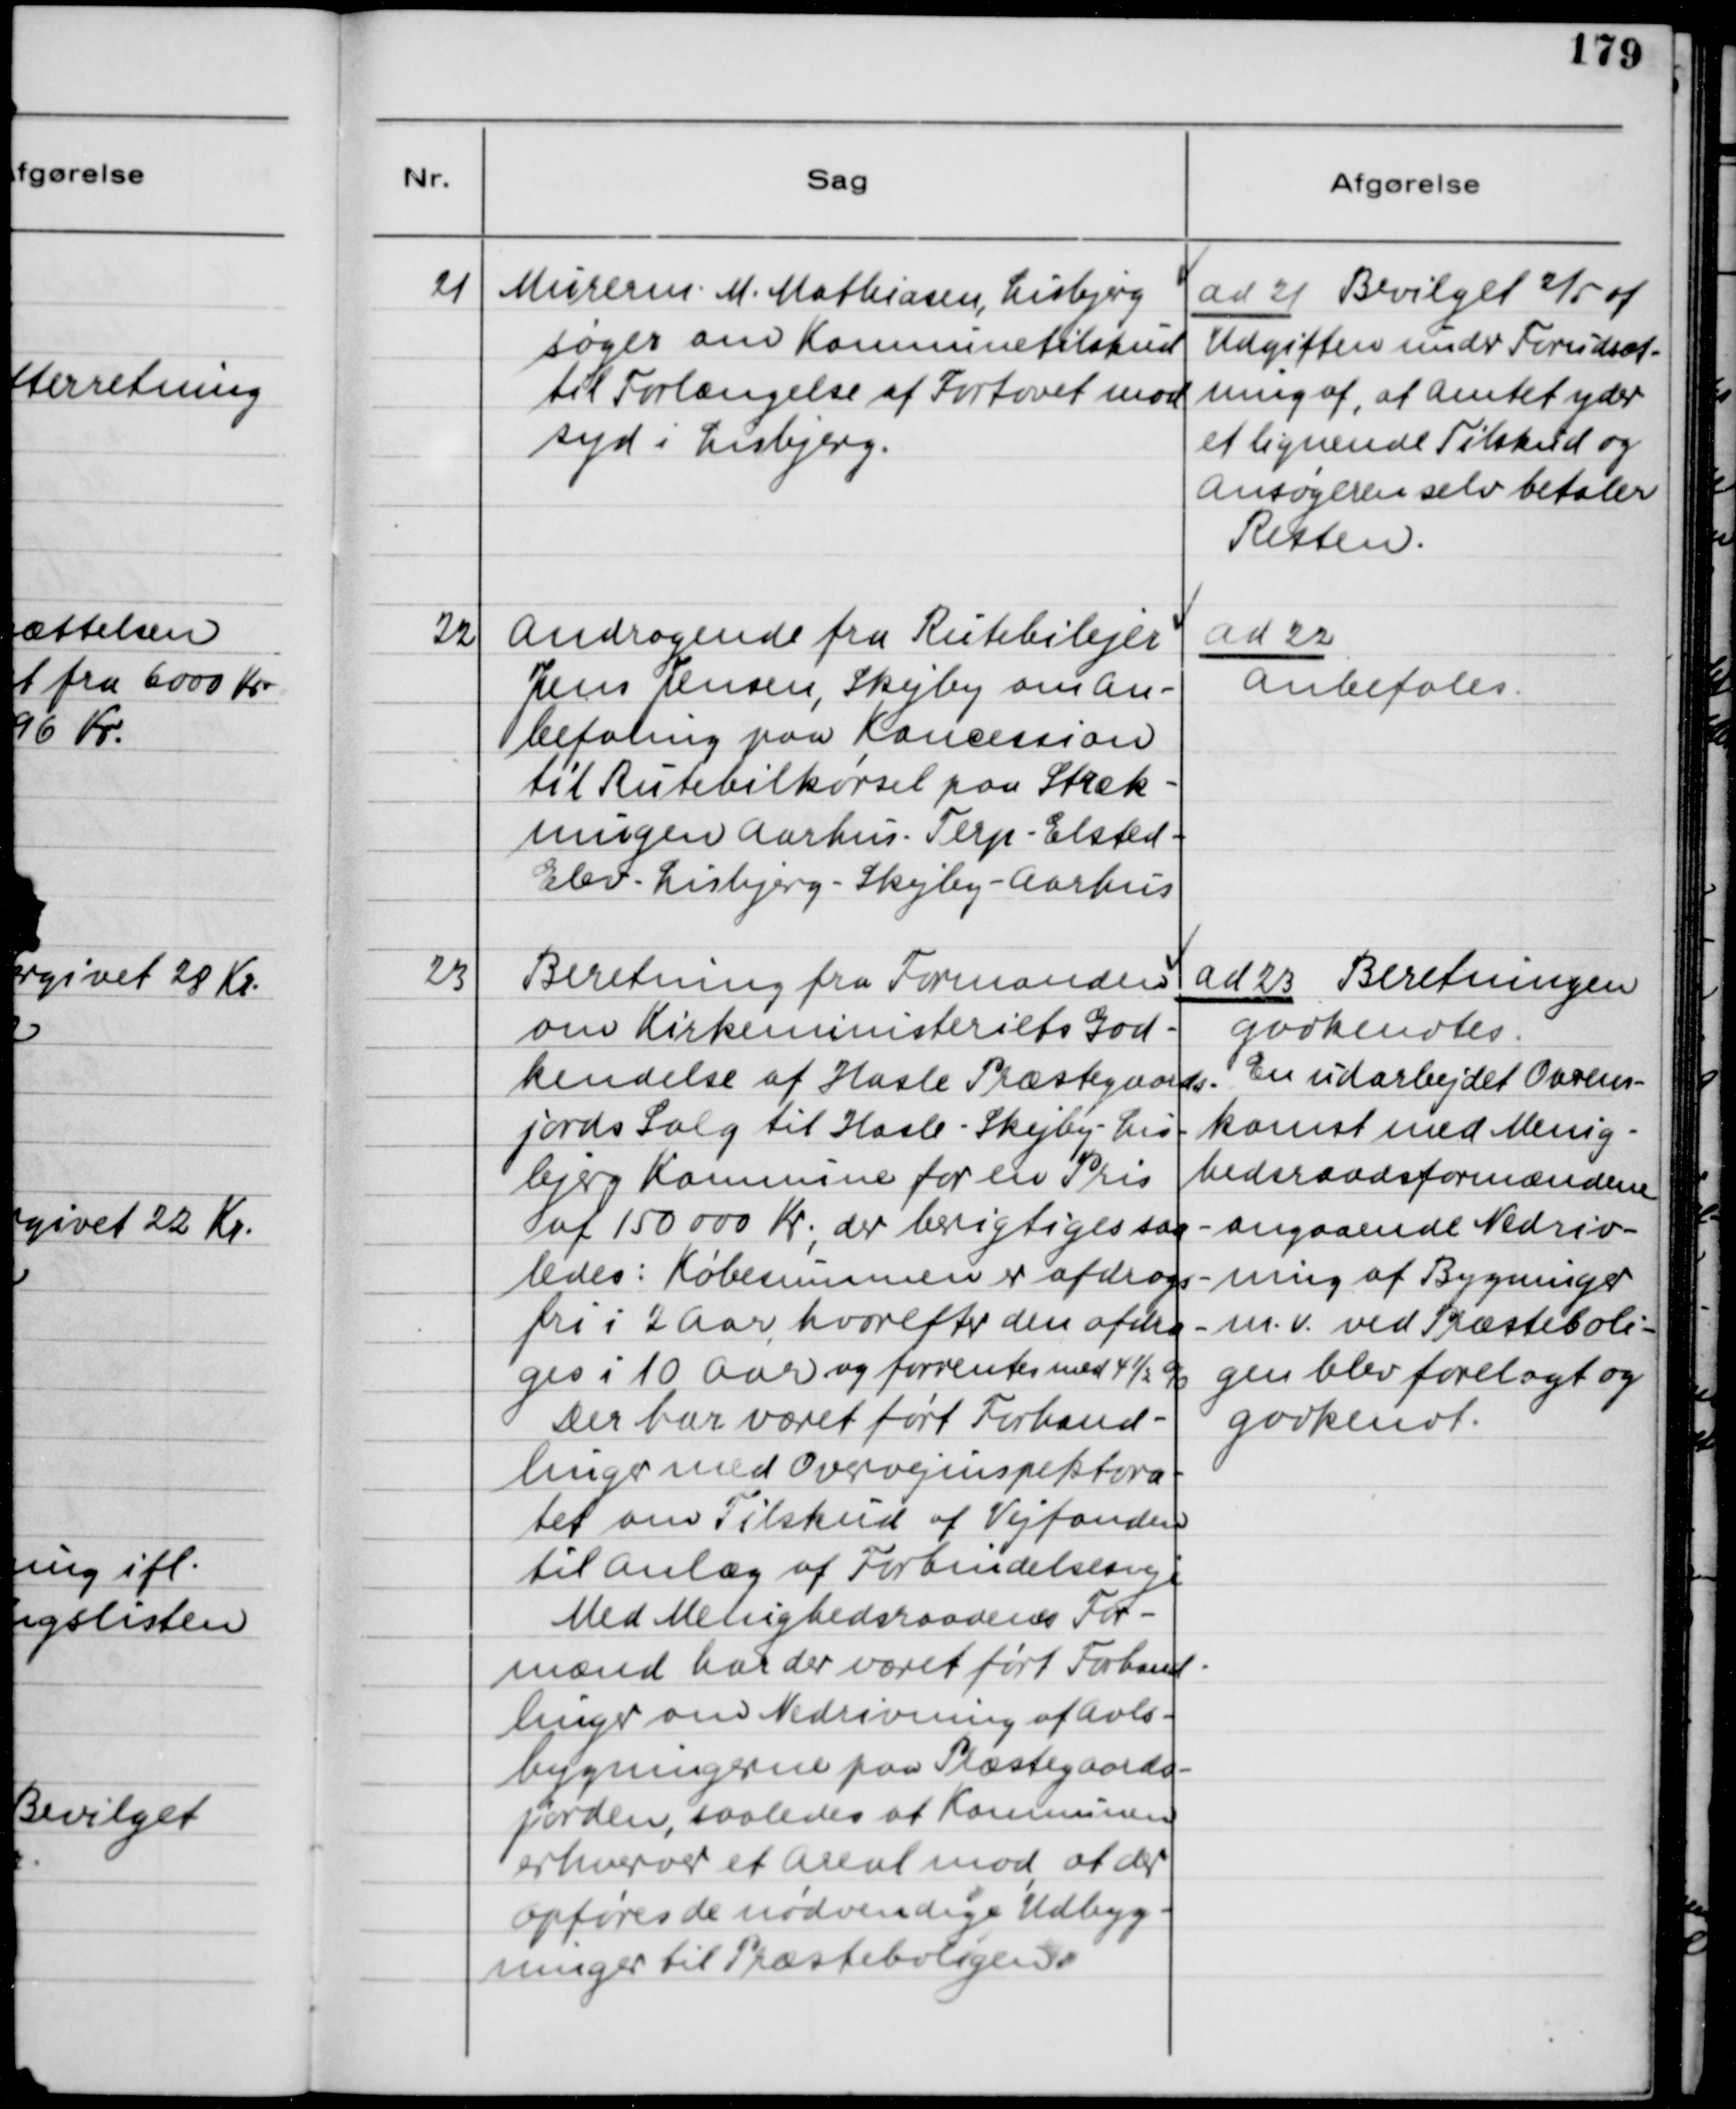
Transskription:
21
Murerm. M. Mathiasen, Lisbjerg
søger om Kommunetilskud
til Forlængelse af Fortovet mod
syd i Lisbjerg.
ad 21 Bevilget 2/5 af
Udgiften under Forudsæt-
ning af, at Amtet yder
et lignende Tilskud og
Ansøgeren selv betaler
Resten.
22
Andragende fra Rutebilejer
Jens Jensen, Skejby om An-
befaling paa Koncession
til Rutebilkørsel paa Stræk-
ningen Aarhus-Terp-Elsted-
Elev-Lisbjerg-Skejby-Aarhus
ad 22
Anbefales.
23
Beretning fra Formanden
om Kirkeministeriets God-
kendelse af Hasle Præstegaards-
jords Salg til Hasle-Skejby-Lis-
bjerg Kommune for en Pris
af 150000 Kr., der berigtiges saa-
ledes: Købesummen er afdrags-
fri i 2 Aar, hvorefter den afdra-
ges i 10 Aar og forrentes med 4½ %
Der har været ført Forhand-
linger med Overvejinspektora-
tet om Tilskud af Vejfonden
til anlæg af Forbindelsesveje
Med Meninghedsraadenes For-
mænd har der været ført Forhand-
linger om Nedrivning af Avls-
bygningerne paa Præstegaards-
jorden, saaledes at Kommunen
erhverver et Areal mod at der
opføres de nødvendige Udbyg-
ninger til Præsteboligen.
ad 23 Beretningen
godkendtes.
En udarbejdet Overens-
komst med Menig-
hedsraadsformændene
angaaende Nedriv-
ning af Bygninger
m.v. ved Præsteboli-
gen blev forelagt og
godkendt.